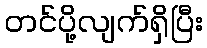
တင်ပို့လျက်ရှိပြီး